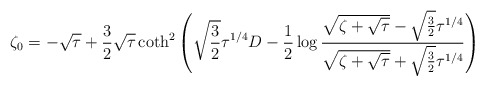
\begin{align*}\zeta_0 = -\sqrt\tau +{3\over 2}\sqrt\tau \coth^2\left (\sqrt{3\over 2}\tau^{1/4} D-{1\over 2}\log{\sqrt{\zeta+\sqrt\tau}-\sqrt{3\over 2}\tau^{1/4}\over\sqrt{\zeta+\sqrt\tau}+\sqrt{3\over 2}\tau^{1/4} }\right ) \end{align*}